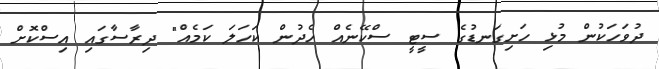
ދުވަހަކުން މުޅި ހަށިގަނޑުގެ ސީޓީ ސްކޭނެއް ހެދުން ކަހަލަ ކަމެއް" ދިރާސާގައި އިސްކޮށް